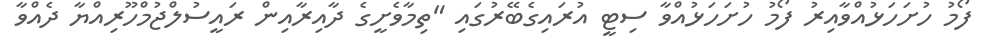
ފޯމު ހުށަހަޅުއްވާއިރު ފޯމު ހުށަހަޅުއްވާ ސިޓީ އުރައިގެބޭރުގައި "ތިމާވެށީގެ ދާއިރާއިން ރައީސުލްޖުމްހޫރިއްޔާ ދެއްވާ